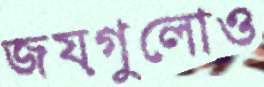
জয়গুলোও